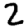
Digit: 2